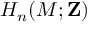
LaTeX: H _ { n } ( M ; \mathbf { Z } )